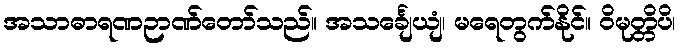
အသာဓာရဏဉာဏ်တော်သည်။ အသင်္ချေယျံ၊ မရေတွက်နိုင်။ ဝိမုတ္တိပိ၊